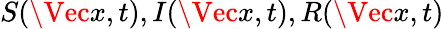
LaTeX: S(\Vec{x},t),I(\Vec{x},t),R(\Vec{x},t)